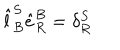
\hat { l } _ { B } ^ { S } \hat { e } _ { R } ^ { B } = \delta _ { R } ^ { S }